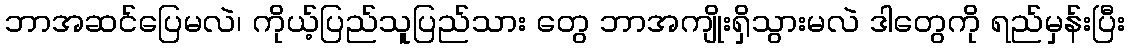
ဘာအဆင်ပြေမလဲ၊ ကိုယ့်ပြည်သူပြည်သား တွေ ဘာအကျိုးရှိသွားမလဲ ဒါတွေကို ရည်မှန်းပြီး